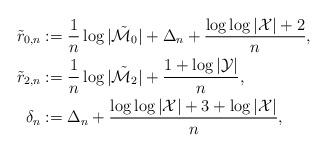
LaTeX: \begin{align*}\tilde{r}_{0,n} &:= \frac{1}{n} \log |\tilde{{\cal M}}_0| + \Delta_n + \frac{\log\log |{\cal X}| +2}{n}, \\\tilde{r}_{2,n} &:= \frac{1}{n} \log |\tilde{{\cal M}}_2| + \frac{1 + \log |{\cal Y}|}{n}, \\\delta_n &:= \Delta_n + \frac{\log\log |{\cal X}| + 3 + \log |{\cal X}|}{n},\end{align*}